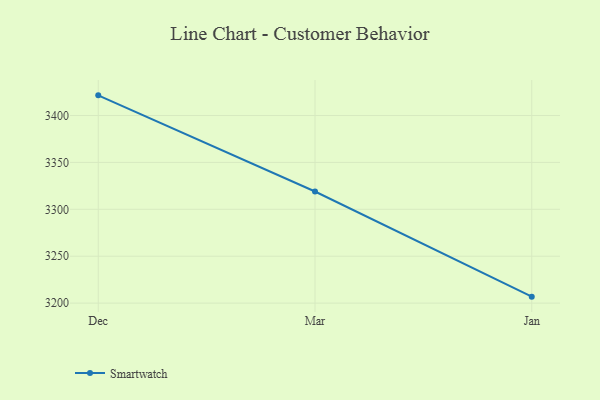
{"axis": {"x": "Month", "y": "Temperature (°C)"}, "legend": ["Smartwatch"], "data": [{"x": "Dec", "y": 3421.5, "type": "Smartwatch"}, {"x": "Mar", "y": 3319.0, "type": "Smartwatch"}, {"x": "Jan", "y": 3206.9, "type": "Smartwatch"}]}